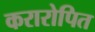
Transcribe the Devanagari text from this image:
करारोपित